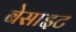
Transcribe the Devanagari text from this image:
बेसाइट